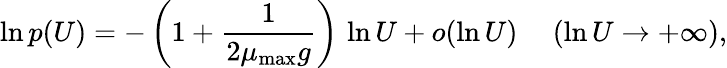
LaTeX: \ln p(U)=-\left(1+\frac{1}{2\mu_{\mathrm{max}}g}\right)\, \ln U+o(\ln U)\ \ \ \ \ (\ln U\to+\infty),